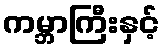
ကမ္ဘာကြီးနှင့်